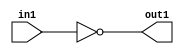
`timescale 1ps / 1ps
/*****************************************************************************
    Verilog RTL Description
    
    
    Created by: Stratus DpOpt 21.05.01 
*******************************************************************************/

module Filter_Not_1U_1U_1 (
	in1,
	out1
	); /* architecture "behavioural" */ 
input  in1;
output  out1;
wire  asc001;

assign asc001 = 
	((~in1));

assign out1 = asc001;
endmodule

/* CADENCE  urP5TAw= : u9/ySxbfrwZIxEzHVQQV8Q== ** DO NOT EDIT THIS LINE ******/